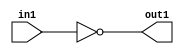
`timescale 1ps / 1ps
/*****************************************************************************
    Verilog RTL Description
    
    
    Created by: Stratus DpOpt 21.05.01 
*******************************************************************************/

module Filter_Not_1U_1U_1 (
	in1,
	out1
	); /* architecture "behavioural" */ 
input  in1;
output  out1;
wire  asc001;

assign asc001 = 
	((~in1));

assign out1 = asc001;
endmodule

/* CADENCE  urP5TAw= : u9/ySxbfrwZIxEzHVQQV8Q== ** DO NOT EDIT THIS LINE ******/